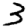
Digit: 3